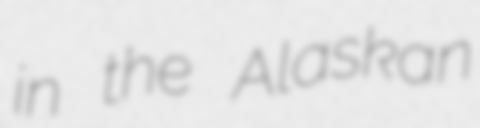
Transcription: in the Alaskan